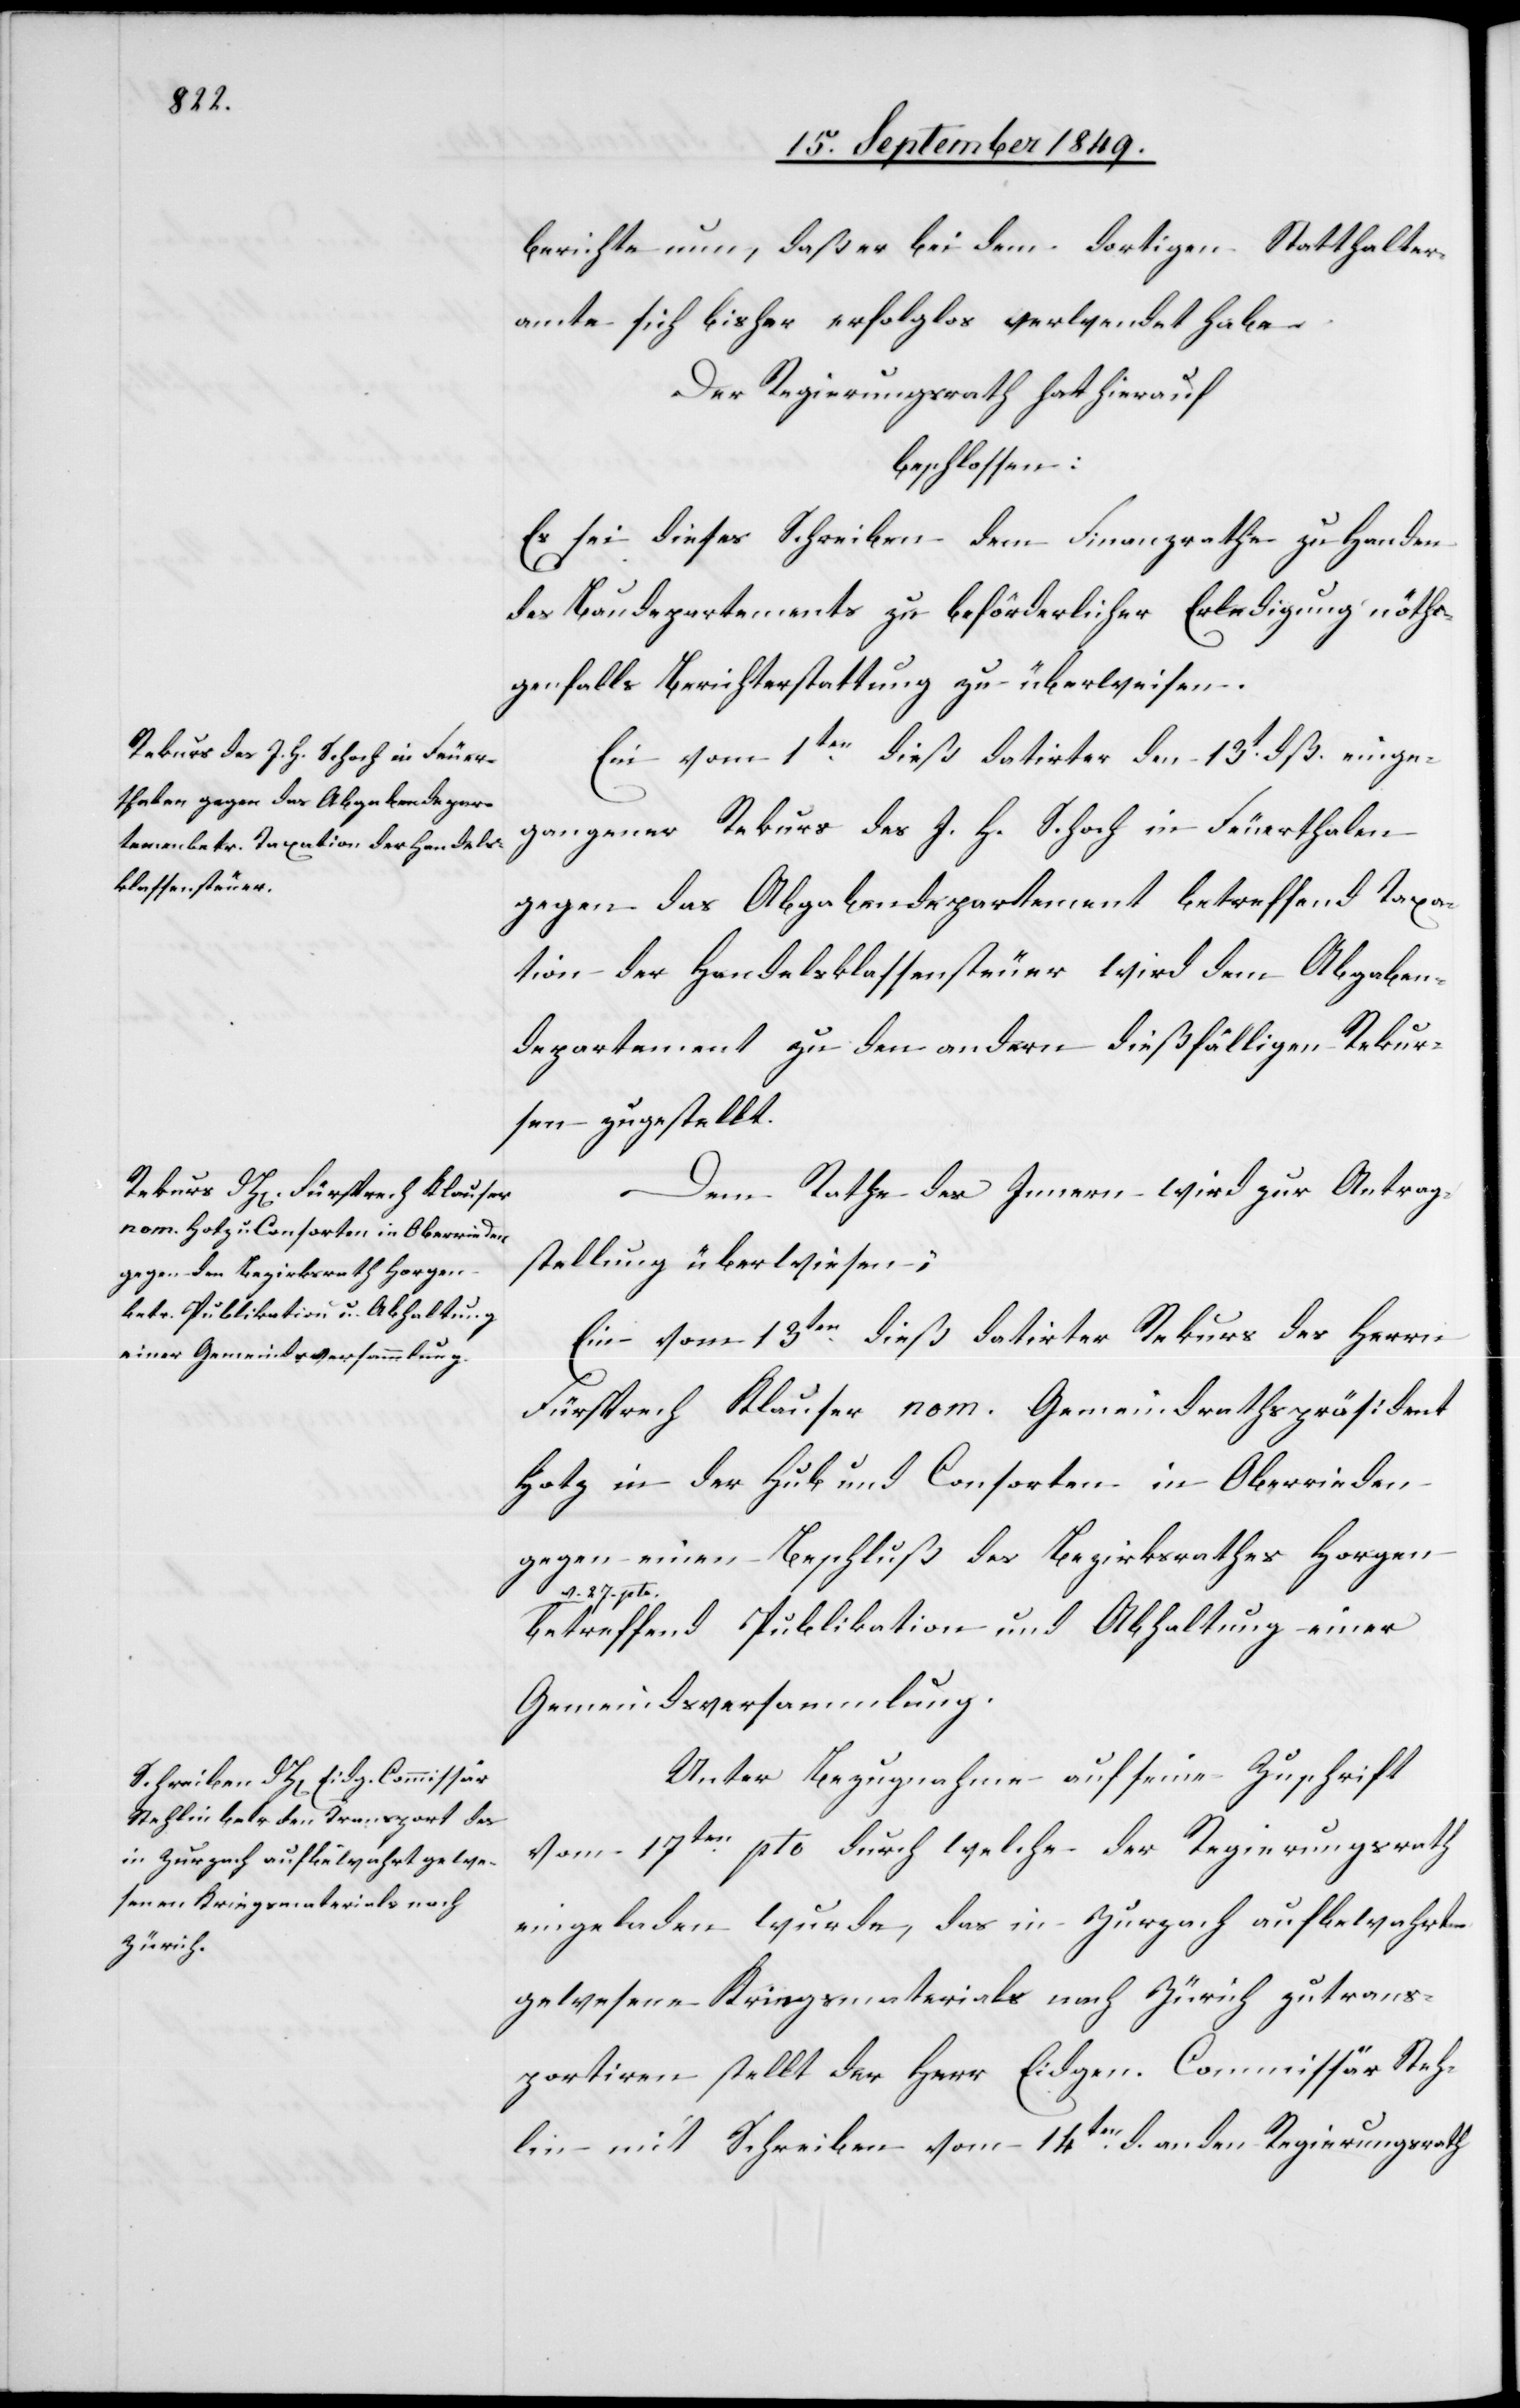
berichte nun, daß er bei dem dortigen Statthalter¬
amte sich bisher erfolglos verwendet habe.
Der Regierungsrath hat hierauf
beschlossen:
Es sei dieses Schreiben dem Finanzrathe zu Handen
des Baudepartements zu beförderlicher Erledigung nöti¬
genfalls Berichterstattung zu überweisen.
Ein vom 1ten dieß datirter den 13t dß. einge¬
gangener Rekurs des J. H. Schoch in Feuerthalen
gegen das Abgabendepartement betreffend Taxa¬
tion der Handelsklassensteuer wird dem Abgaben¬
departement zu den andern dießfälligen Rekurr¬
enten zugestellt.
Dem Rathe des Innern wird zur Antrag¬
stellung überwiesen:
Ein vom 13ten dieß. datirter Rekurs des Herrn
Fürsprech Klauser nom. Gemeindrathspräsident
Hotz in der Hub und Consorten in Oberrieden
gegen einen Beschluß des Bezirksrathes Horgen
a-v. 27. pto.-a
betreffend Publikation und Abhaltung einer
Gemeindsversammlung.
Unter Bezugnahme auf seine Zuschrift
vom 17ten pto durch welche der Regierungsrath
eingeladen wurde, das in Zurzach aufbewahrt
gewesene Kriegsmaterials nach Zürich zu trans¬
portiren stellt der Herr Eidgen. Commissär Steh¬
lin mit Schreiben vom 14ten d. an den Regierungsrath